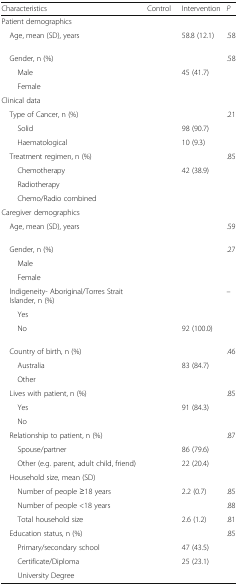
<table><thead><tr><td><b>Characteristics</b></td><td><b>Control</b></td><td><b>Intervention</b></td><td><b><i>P</i></b></td></tr></thead><tbody><tr><td colspan="4">Patient demographics</td></tr><tr><td> Age, mean (SD), years</td><td>[EMPTY_CELL]</td><td>58.8 (12.1)</td><td>.58</td></tr><tr><td> Gender, n (%)</td><td>[EMPTY_CELL]</td><td>[EMPTY_CELL]</td><td>.58</td></tr><tr><td>Male</td><td>[EMPTY_CELL]</td><td>45 (41.7)</td><td>[EMPTY_CELL]</td></tr><tr><td>Female</td><td>[EMPTY_CELL]</td><td>[EMPTY_CELL]</td><td>[EMPTY_CELL]</td></tr><tr><td colspan="4">Clinical data</td></tr><tr><td> Type of Cancer, n (%)</td><td>[EMPTY_CELL]</td><td>[EMPTY_CELL]</td><td>.21</td></tr><tr><td>Solid</td><td>[EMPTY_CELL]</td><td>98 (90.7)</td><td>[EMPTY_CELL]</td></tr><tr><td>Haematological</td><td>[EMPTY_CELL]</td><td>10 (9.3)</td><td>[EMPTY_CELL]</td></tr><tr><td> Treatment regimen, n (%)</td><td>[EMPTY_CELL]</td><td>[EMPTY_CELL]</td><td>.85</td></tr><tr><td>Chemotherapy</td><td>[EMPTY_CELL]</td><td>42 (38.9)</td><td>[EMPTY_CELL]</td></tr><tr><td>Radiotherapy</td><td>[EMPTY_CELL]</td><td>[EMPTY_CELL]</td><td>[EMPTY_CELL]</td></tr><tr><td>Chemo/Radio combined</td><td>[EMPTY_CELL]</td><td>[EMPTY_CELL]</td><td>[EMPTY_CELL]</td></tr><tr><td colspan="4">Caregiver demographics</td></tr><tr><td> Age, mean (SD), years</td><td>[EMPTY_CELL]</td><td>[EMPTY_CELL]</td><td>.59</td></tr><tr><td> Gender, n (%)</td><td>[EMPTY_CELL]</td><td>[EMPTY_CELL]</td><td>.27</td></tr><tr><td>Male</td><td>[EMPTY_CELL]</td><td>[EMPTY_CELL]</td><td>[EMPTY_CELL]</td></tr><tr><td>Female</td><td>[EMPTY_CELL]</td><td>[EMPTY_CELL]</td><td>[EMPTY_CELL]</td></tr><tr><td> Indigeneity- Aboriginal/Torres Strait Islander, n (%)</td><td>[EMPTY_CELL]</td><td>[EMPTY_CELL]</td><td>–</td></tr><tr><td>Yes</td><td>[EMPTY_CELL]</td><td>[EMPTY_CELL]</td><td>[EMPTY_CELL]</td></tr><tr><td>No</td><td>[EMPTY_CELL]</td><td>92 (100.0)</td><td>[EMPTY_CELL]</td></tr><tr><td> Country of birth, n (%)</td><td>[EMPTY_CELL]</td><td>[EMPTY_CELL]</td><td>.46</td></tr><tr><td>Australia</td><td>[EMPTY_CELL]</td><td>83 (84.7)</td><td>[EMPTY_CELL]</td></tr><tr><td>Other</td><td>[EMPTY_CELL]</td><td>[EMPTY_CELL]</td><td>[EMPTY_CELL]</td></tr><tr><td> Lives with patient, n (%)</td><td>[EMPTY_CELL]</td><td>[EMPTY_CELL]</td><td>.85</td></tr><tr><td>Yes</td><td>[EMPTY_CELL]</td><td>91 (84.3)</td><td>[EMPTY_CELL]</td></tr><tr><td>No</td><td>[EMPTY_CELL]</td><td>[EMPTY_CELL]</td><td>[EMPTY_CELL]</td></tr><tr><td> Relationship to patient, n (%)</td><td>[EMPTY_CELL]</td><td>[EMPTY_CELL]</td><td>.87</td></tr><tr><td>Spouse/partner</td><td>[EMPTY_CELL]</td><td>86 (79.6)</td><td>[EMPTY_CELL]</td></tr><tr><td>Other (e.g. parent, adult child, friend)</td><td>[EMPTY_CELL]</td><td>22 (20.4)</td><td>[EMPTY_CELL]</td></tr><tr><td> Household size, mean (SD)</td><td>[EMPTY_CELL]</td><td>[EMPTY_CELL]</td><td>[EMPTY_CELL]</td></tr><tr><td>Number of people ≥18 years</td><td>[EMPTY_CELL]</td><td>2.2 (0.7)</td><td>.85</td></tr><tr><td>Number of people &lt;18 years</td><td>[EMPTY_CELL]</td><td>[EMPTY_CELL]</td><td>.88</td></tr><tr><td>Total household size</td><td>[EMPTY_CELL]</td><td>2.6 (1.2)</td><td>.81</td></tr><tr><td> Education status, n (%)</td><td>[EMPTY_CELL]</td><td>[EMPTY_CELL]</td><td>.85</td></tr><tr><td>Primary/secondary school</td><td>[EMPTY_CELL]</td><td>47 (43.5)</td><td>[EMPTY_CELL]</td></tr><tr><td>Certificate/Diploma</td><td>[EMPTY_CELL]</td><td>25 (23.1)</td><td>[EMPTY_CELL]</td></tr><tr><td>University Degree</td><td>[EMPTY_CELL]</td><td>[EMPTY_CELL]</td><td>[EMPTY_CELL]</td></tr></tbody></table>